Document type: Sale
Year: 1435
Scribe: Pere Soler
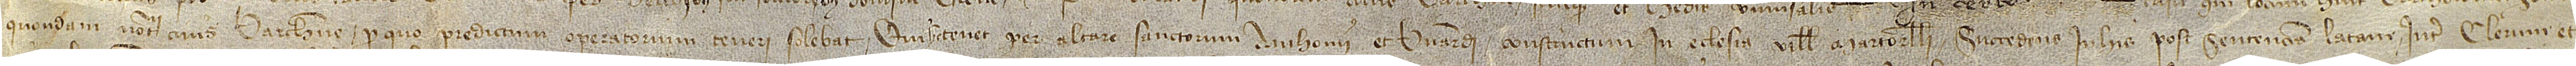
quondam, notarii, civis Barchinone, pro quo predictum operatorium teneri solebat, qui hec tenet per altare Sanctorum Anthonii et Bernardi constructum in eclesia ville Martorelli, succedens in his post sentenciam latam inter clerum et